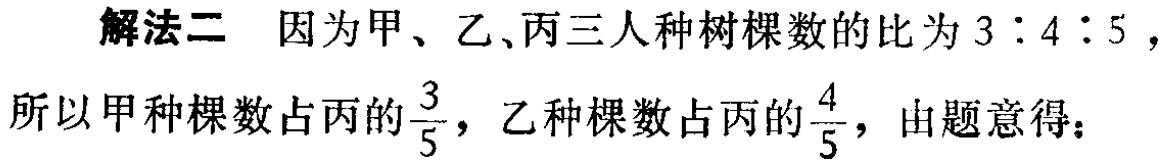
解法二 因为甲、乙、丙三人种树棵数的比为\(3:4:5\)，所以甲种棵数占丙的\(\frac{3}{5}\)，乙种棵数占丙的\(\frac{4}{5}\)，由题意得：